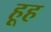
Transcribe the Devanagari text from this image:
हूह